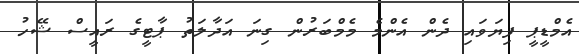
އެމްޑީޕީ ފިޔަވައި ދެން އެންމެ މެމްބަރުން ގިނަ އަދާލަތު ޕާޓީގެ ރައީސް ޝޭހު